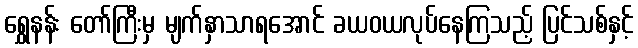
ရွှေနန်း တော်ကြီးမှ မျက်နှာသာရအောင် ခယဝယလုပ်နေကြသည့် ပြင်သစ်နှင့်